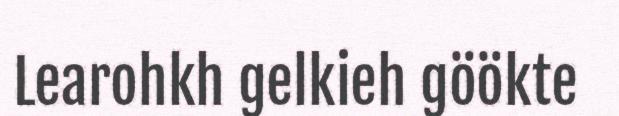
Learohkh gelkieh göökte